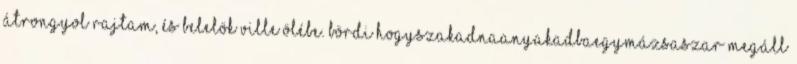
átrongyol rajtam, és belelök Ville ölébe. BÖRDI HOGYSZAKADNAANYAKADBAEGYMÁZSASZAR Megáll